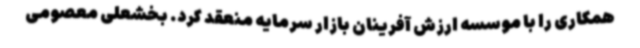
همکاری را با موسسه ارزش آفرینان بازار سرمایه منعقد کرد. بخشعلی معصومی